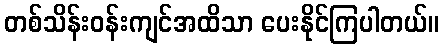
တစ်သိန်းဝန်းကျင်အထိသာ ပေးနိုင်ကြပါတယ်။